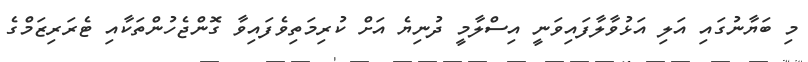
މި ބަޔާނުގައި އަލި އަޅުވާލާފައިވަނީ އިސްލާމީ ދުނިޔެ އަށް ކުރިމަތިވެފައިވާ ގޮންޖެހުންތަކާއި ޓެރަރިޒަމްގެ